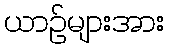
ယာဉ်များအား